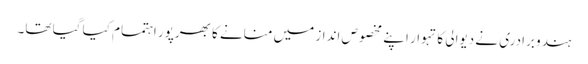
ہندو برادری نے دیوالی کا تہوار اپنے مخصوص انداز میں منانے کا بھرپور اہتمام کیا گیا تھا۔